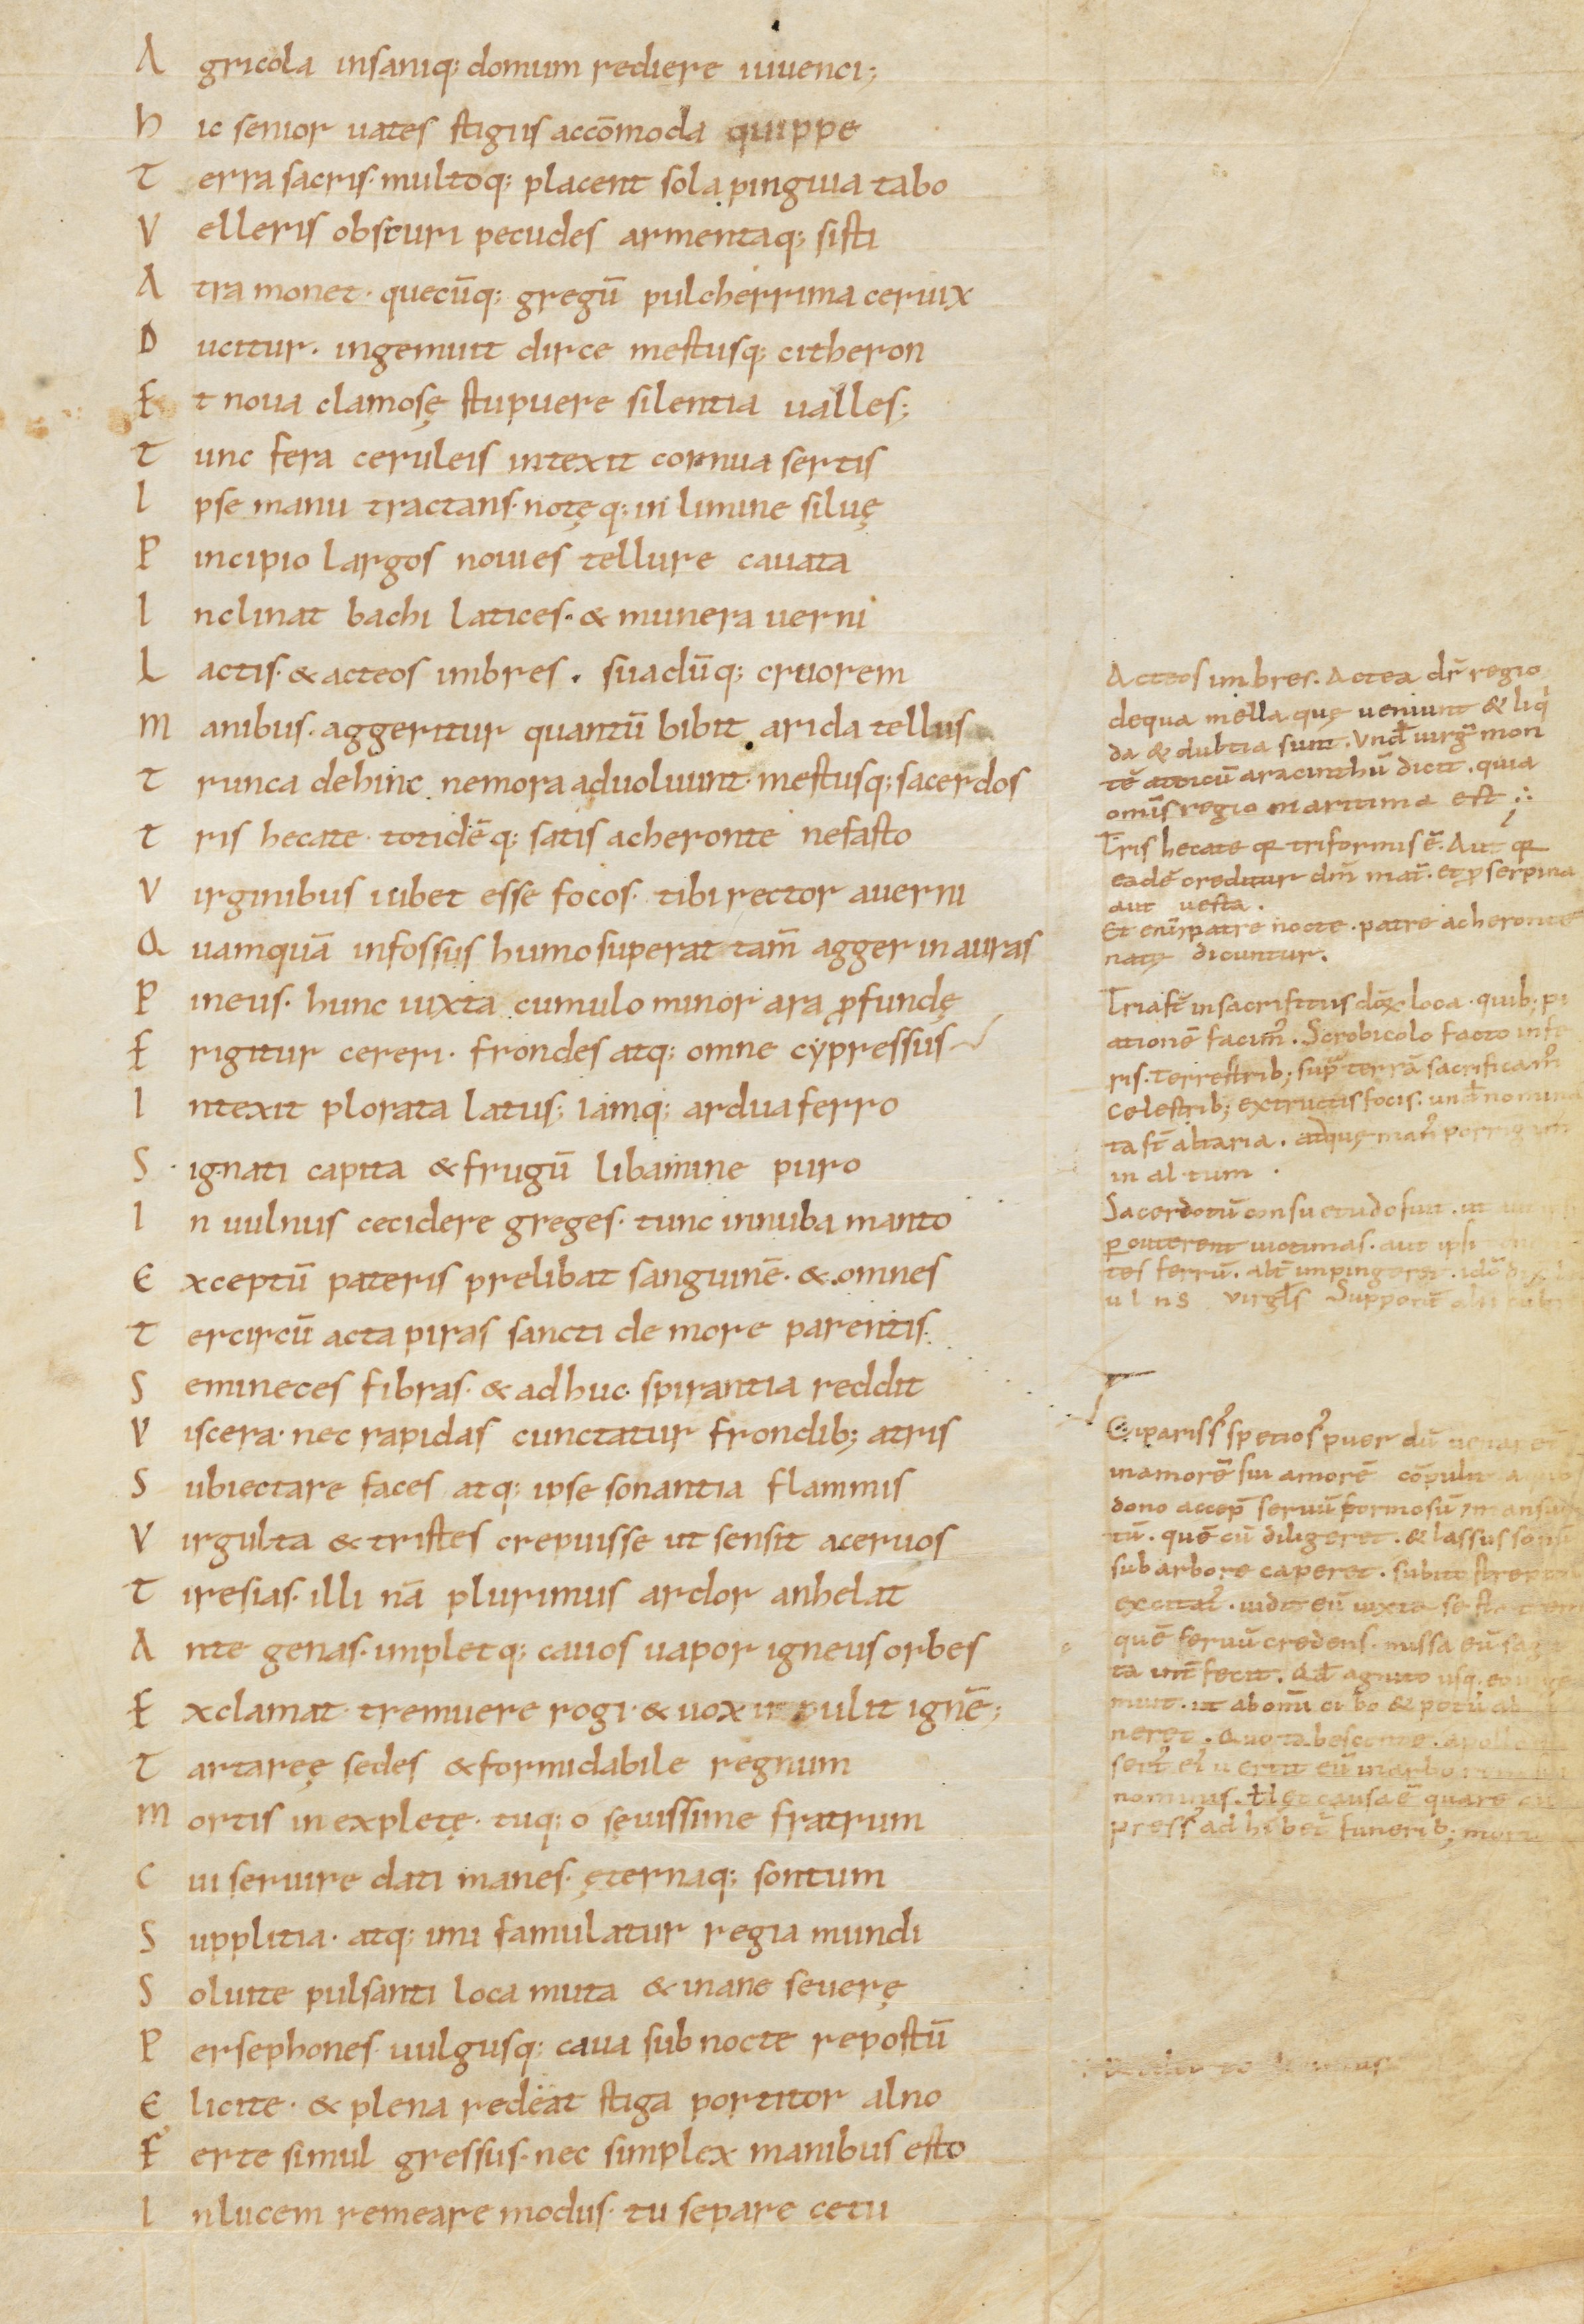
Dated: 1000–1099